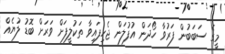
މީގެ ސަބަބުން ފަރުވާ ހޯދަން އުފުލަން ޖެހިފައިވާ ތަކުލީފަށް ވަރަށް ބޮޑު ލުޔެއް